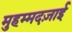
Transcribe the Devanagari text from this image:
मुहम्मदज़ाई